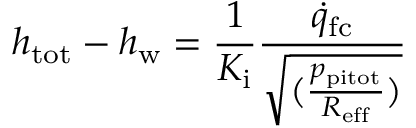
h _ { \mathrm { t o t } } - h _ { \mathrm { w } } = \frac { 1 } { K _ { \mathrm { i } } } \frac { \dot { q } _ { \mathrm { f c } } } { \sqrt { ( \frac { p _ { \mathrm { p i t o t } } } { R _ { \mathrm { e f f } } } ) } }